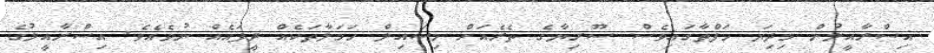
އިސްރާއީލުން މިދިޔަ ހަފްތާގައިވެސް ސޫރިޔާގެ ތެރެއަށް މިސައިލް ހަމަލާތަކެއް ދީފައެއް ނުވެއެވެ. އިސްރާއީލުގެ